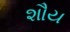
શૌય